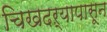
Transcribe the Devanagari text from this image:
चिखदऱ्यापासून